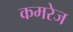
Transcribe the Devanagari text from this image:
कमरेज